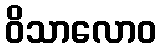
ဝိသာလောဝ